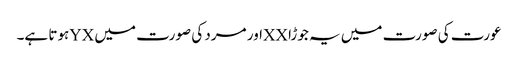
عورت کی صورت میں یہ جوڑا XXاور مرد کی صورت میں YXہوتا ہے۔